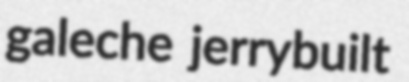
galeche jerrybuilt